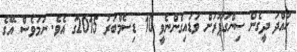
ހުއްދަ ދީގެން ސިންގަޕޫރަށް ވަޑައިގެންނެވީ 10 ޑިސެމްބަރު 2015ގަ އެވެ. ނަމަވެސް އޭގެ